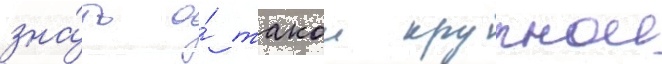
зна́ть о́ такои крупнои